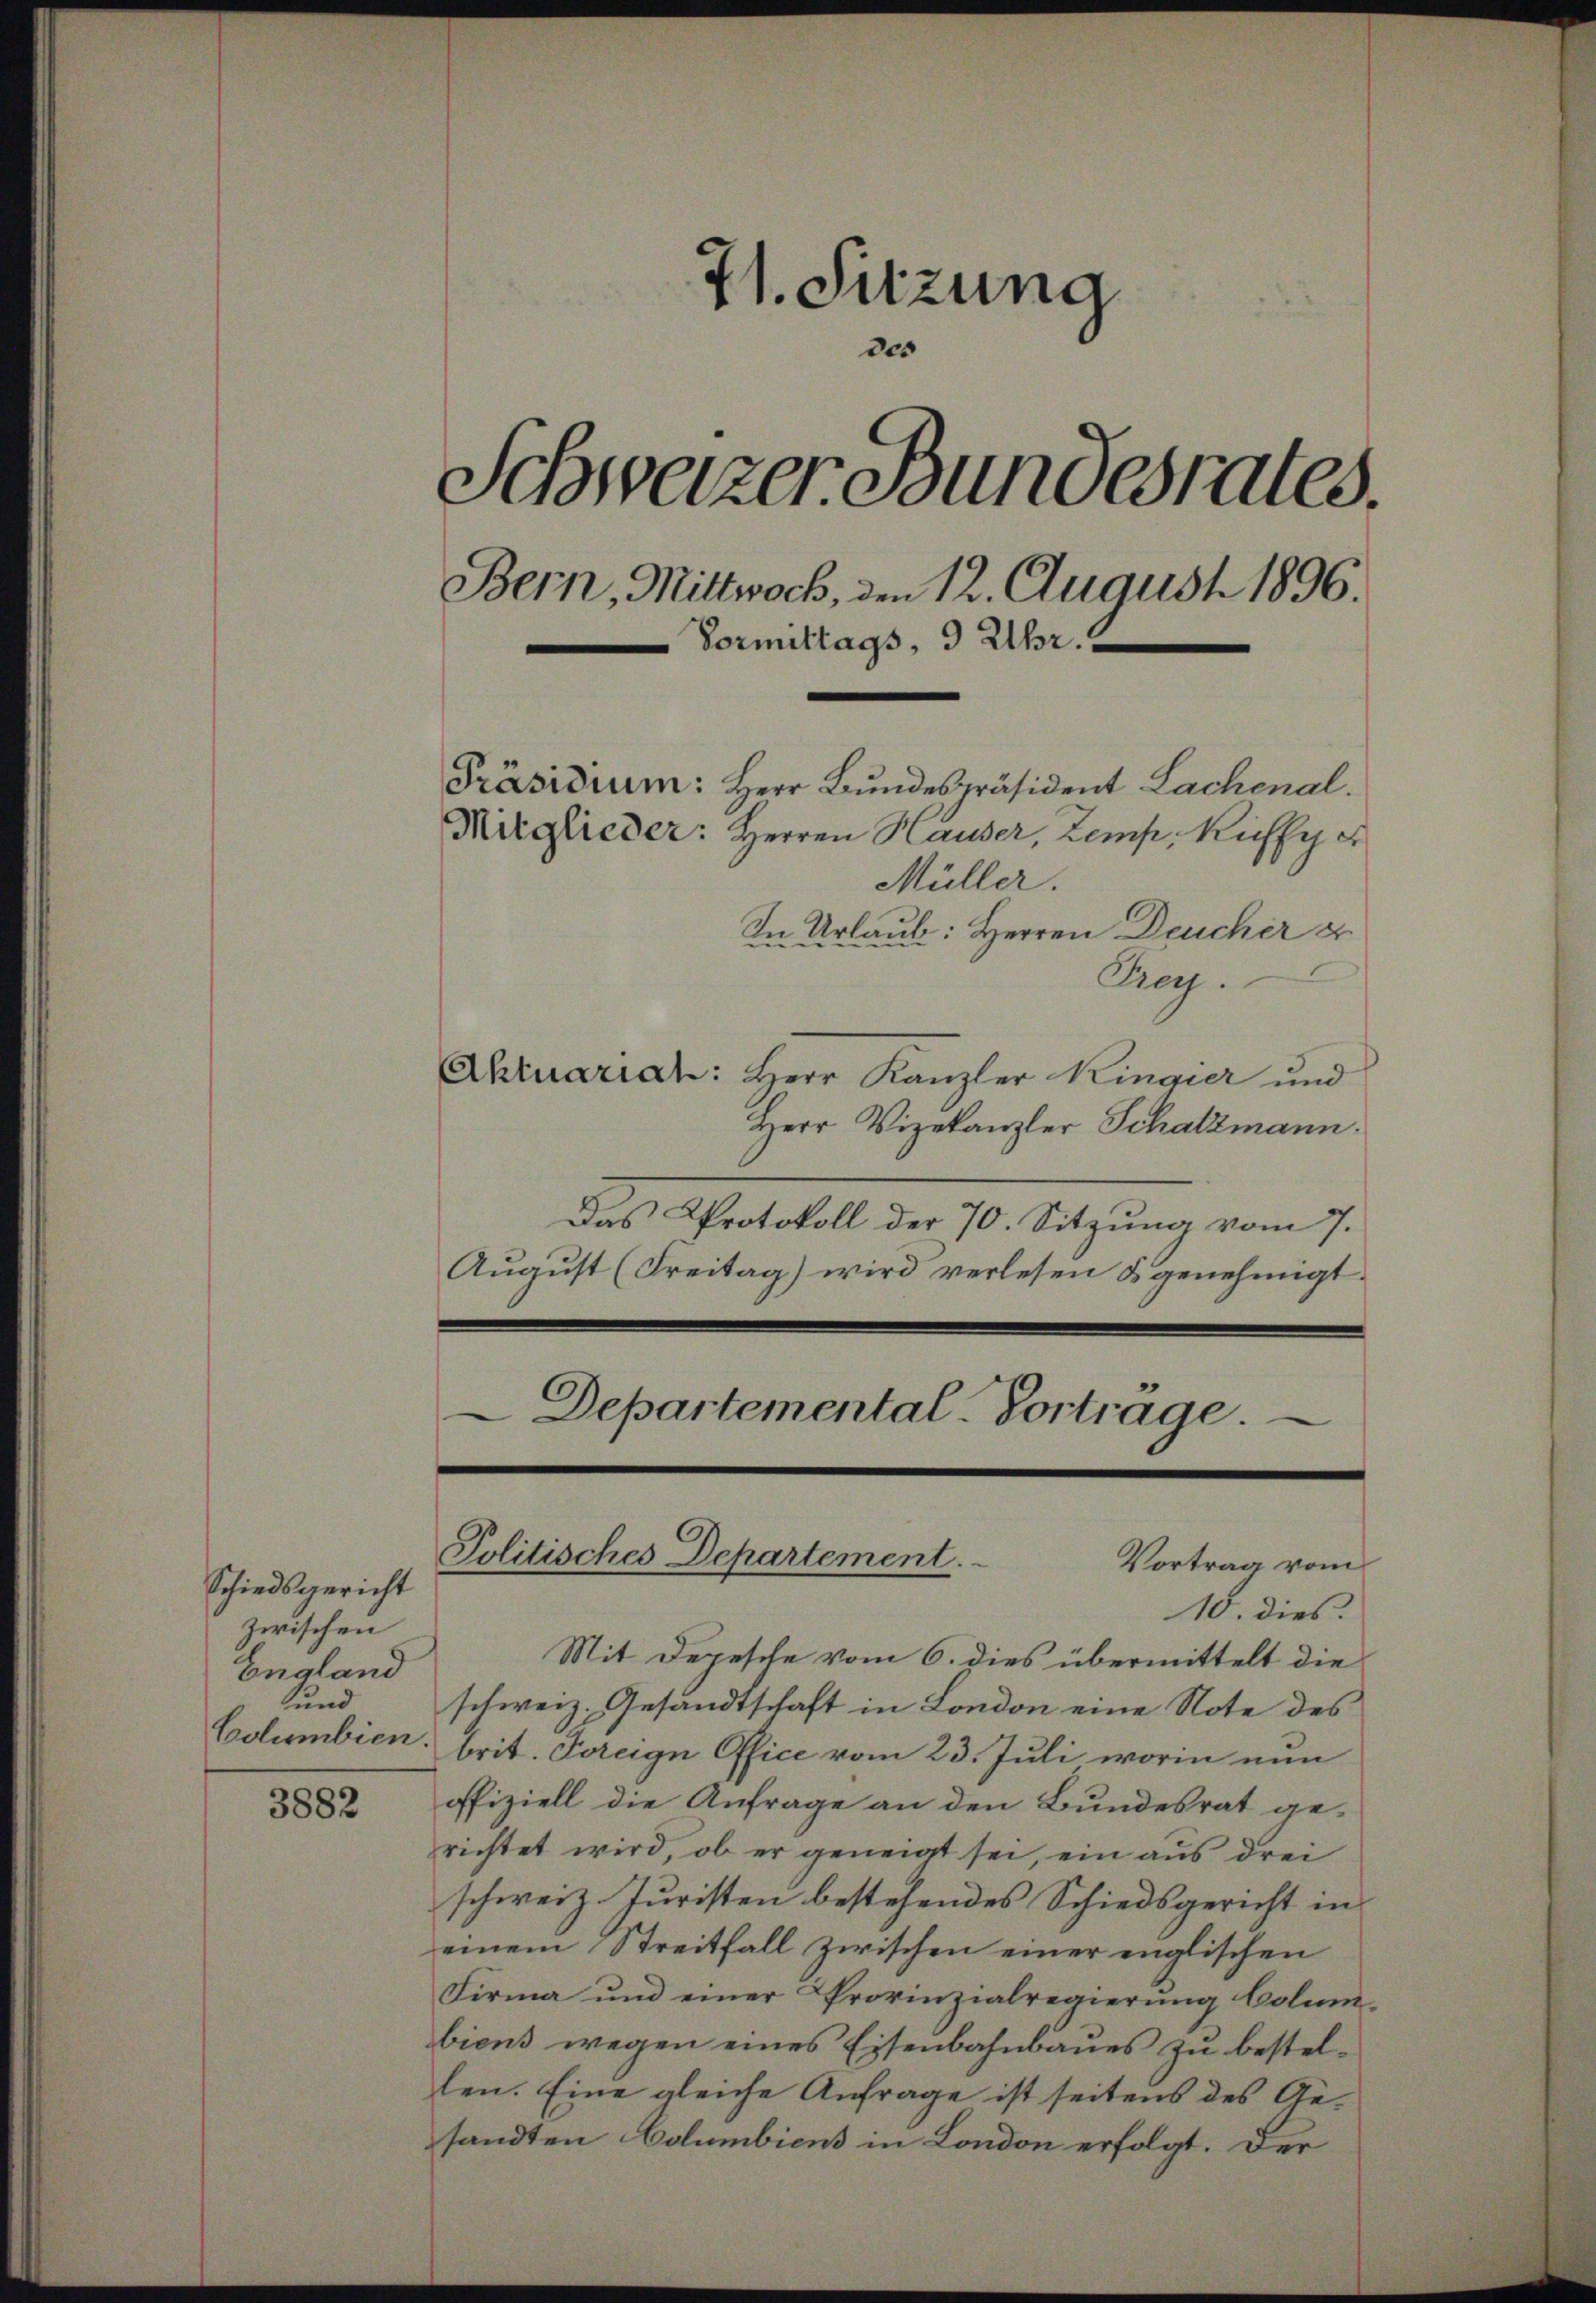
71. Sitzung
des
Schweizer Bundesrates.
Bern, Mittwock, den 12. August 1896.
Vormittags, 3 Uhr.
Präsidium: Herr Bundespräsident Lachenal.
Mitglieder: Herren Hauser, Zemp, Küffy er
Müller.
In Urlaub: Herren Deucher u
Frey.

Schiedsgericht
zwischen
England
und
Columbien.

3882

Aktuariat: Herr Kanzler Kingier und
Herr Vizekanzler Schatzmann.
Das Protokoll der 70. Sitzung vom 7.
August (Freitag) wird verlesen & genehmigt.
Departemental. Vortrage.

Politisches Departement.
Vortrag vom

10. dies
Mit Depesche vom 6. dies übermittelt die
schweiz. Gesandtschaft in London eine Note des
brit. Freign Office vom 23. Juli worin nun
offiziell die Anfrage an den Bundesrat ge-
richtet wird, ob er geneigt sei, ein aus drei
schweiz. Juristen bestehendes Schiedsgericht in
einem Streitfall zwischen einer englischen
Firma und einer Provinzialregierung Colum
biens wegen eines Eisenbahnbaues zu bestellen. Eine gleiche Anfrage ist seitens des Gesandten Columbiens in London erfolgt. Der